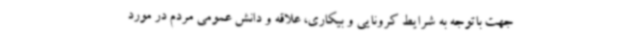
جهت باتوجه به شرایط کرونایی و بیکاری، علاقه و دانش عمومی مردم در مورد